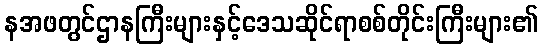
နအဖတွင်ဌာနကြီးများနှင့်ဒေသဆိုင်ရာစစ်တိုင်းကြီးများ၏